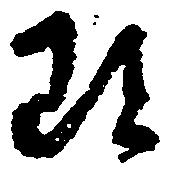
雖